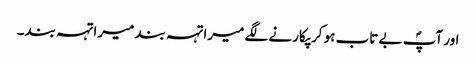
اور آپؐ بے تاب ہو کر پکارنے لگے میرا تہہ بند میرا تہہ بند۔